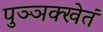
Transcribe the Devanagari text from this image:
पुञ्ञक्खेतं